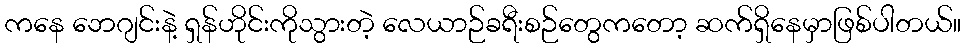
ကနေ ဘေဂျင်းနဲ့ ရှန်ဟိုင်းကိုသွားတဲ့ လေယာဉ်ခရီးစဉ်တွေကတော့ ဆက်ရှိနေမှာဖြစ်ပါတယ်။